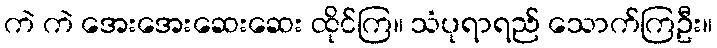
ကဲ ကဲ အေးအေးဆေးဆေး ထိုင်ကြ။ သံပုရာရည် သောက်ကြဦး။